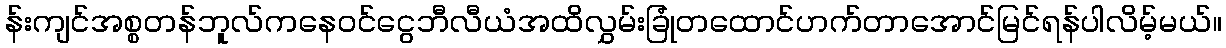
န်းကျင်အစ္စတန်ဘူလ်ကနေဝင်ငွေဘီလီယံအထိလွှမ်းခြုံတထောင်ဟက်တာအောင်မြင်ရန်ပါလိမ့်မယ်။